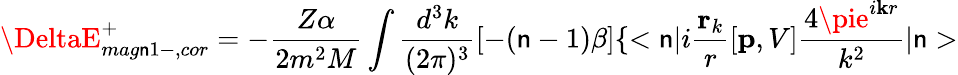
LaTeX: \DeltaE_{mag\mathsf{n}1-,cor}^{+}=-\frac{{Z\alpha}}{{2m^{2}M}}\int\frac{{d^{3}k}}{{(2\pi)^{3}}}[-(\mathsf{n}-1)\beta]\{ <{\mathsf{n}}|i\frac{{\mathbf{r}_{k}}}{{r}}[{\mathbf{p}},V]\frac{{4\pie^{i{\mathbf{k}r}}}}{{k^{2}}}|{\mathsf{n}}>